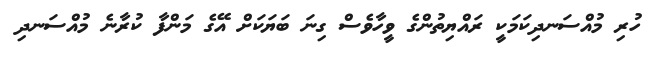
ހުރި މުއްސަނދިކަމަކީ ރައްޔިތުންގެ ވީހާވެސް ގިނަ ބަޔަކަށް އޭގެ މަންފާ ކުރާނެ މުއްސަނދި